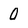
Character: 0